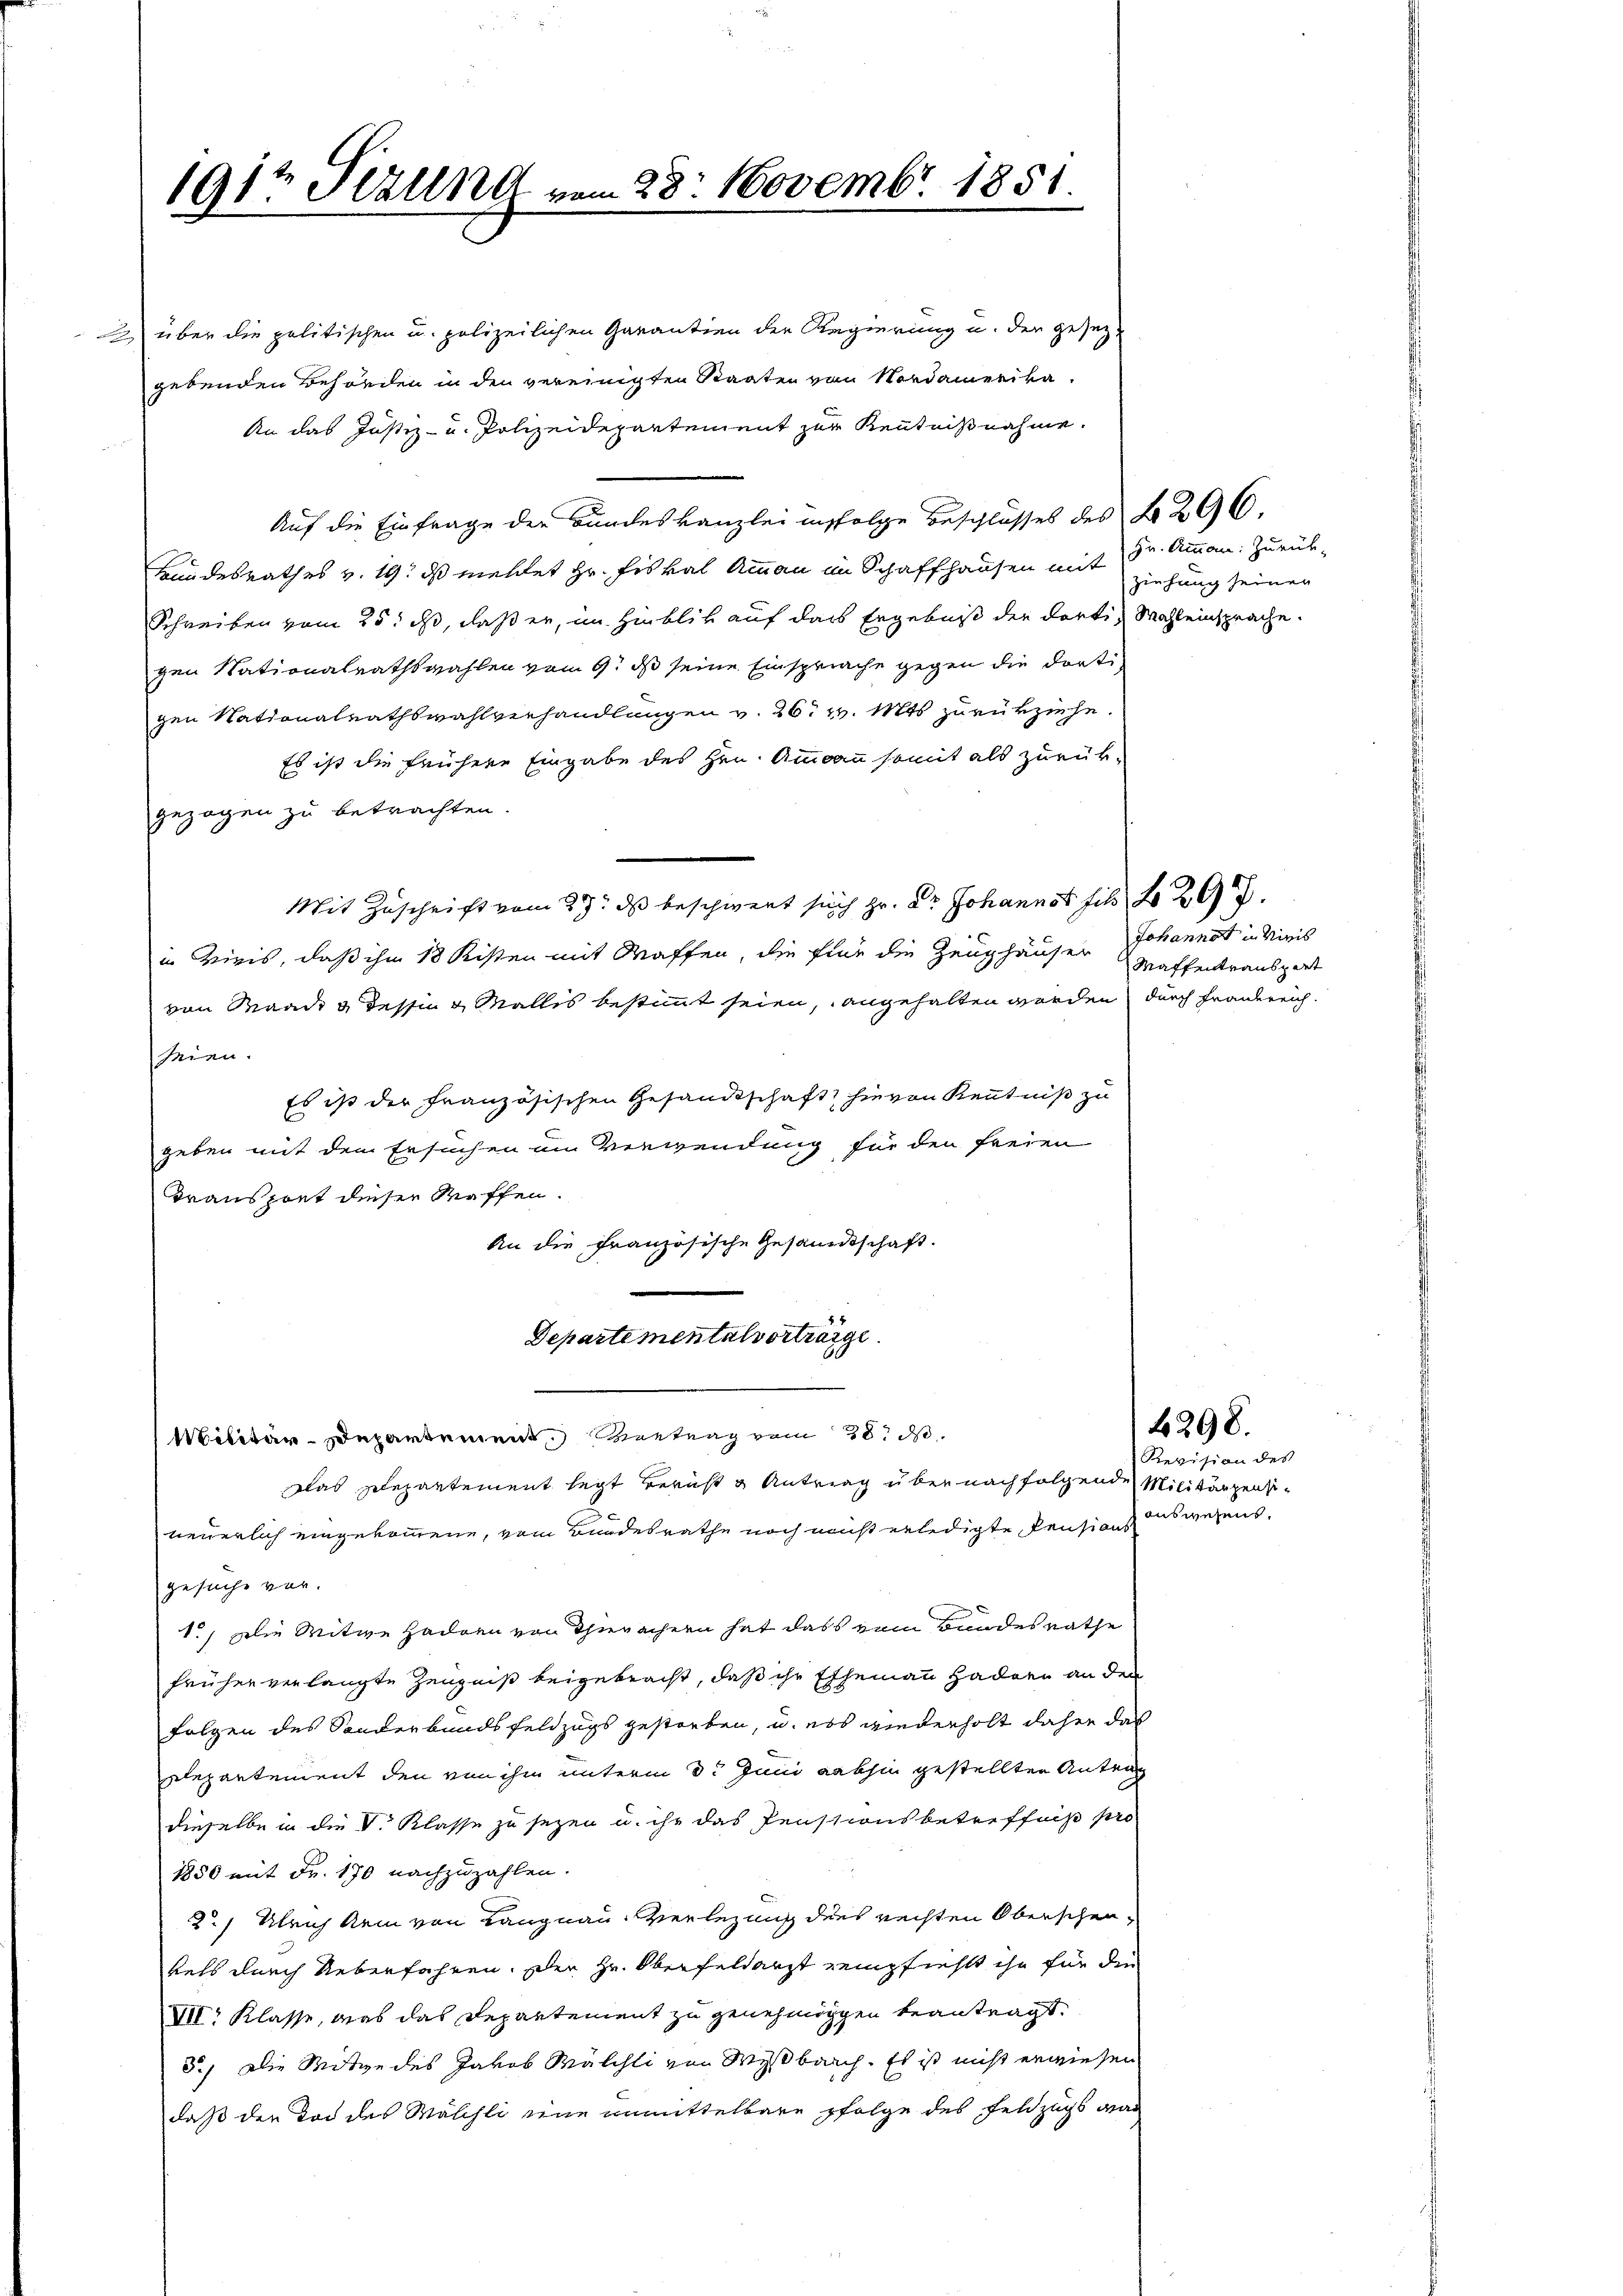
191t Sizung vom 28. Novembr 1851
ge

2 über die politischen u. polizeilichen Garantien der Regierung u. der gesezgebenden Behörden in den vereinigten Staaten von Nordamerika-
An das Justiz- u. Polizeidepartement zur Kenntnißnahme.
Auf die Einfrage der Bundeskanzlei infolge Beschlusses des No 296.
Hundesrathes v. 19. ds mehlet Hr. Fiskal Ammann in Schaffhausen mit
Schreiben vom 25. ds, daß er, im Hinblik auf das Ergebniß der dorti, Wahl einsprache.
gen Nationalrathswahlen vom 9. ds seine Einspriche gegen die dorti-
gen Nationalrathswahlverhandlungen v. 26. v. Mts. zurükziehe.
Es ist die frühere Eingabe des Hrn. Ammann somit als zurück-
gezogen zu betrachten
Mit Zuschrift vom 29. ds beschwert sich Hr. Dr. Johannst fil 297.
in Vieis, daß ihm 18 Kisten mit Waffen, die für die Zeughäuser
von Waadt & dessen & Wallis bestimmt seien, angehalten worden, durch Frandereichseien.
Es ist der Französischen Gesandtschaft hievon Kenntniß zu
geben mit dem Ersuchen um Verwendung für den freien
Transport dieser Waffen.
An die Französische Gesandtschaft.
Departementalvorträge
Militär-Departement Vertrag vom 28. ds.
Das pilepartement legt Bericht u Antrag über nachfolgende Militärzensineuerlich eingekommene, vom Bundesrathe noch nicht erledigte Pensions auswesens
gesuche vor.
1.) Die Witwe Haden von Thurachern hat dass vom Bundesrathe
früher verlangte Zeugniß beigebracht, daß ihr Ehemann Hadorn an den
Folgen des Sonderbundsfeldzugs gestorben, u. es wiederholt daher das
Departement den von ihm unterm 3t Juni abhin gestellten Antrag
dieselbe in die V. Klasse zu sezen u. ihr das Pensionsbetreffniß pro
1850 mit Fr. 170 nachzuzahlen.
2.) Ulrich dem von Langnau. Verlegung des rechten Oberschenkels durch Ueberfahren. Der Hr. Oberfeldarzt zempfiehlt ihn für die
VII. Klasse, was das Departement zu genehmigen beantragt.
5.) Die Mitge des Jakob Wälchli von Wyßbaach. Es ist nicht erwiesen
daß den Tod des Wäschli eine unmittelbare folge des Feldzugs war

Hr. Ammann: Zurück-
ziehung seiner

Johannst in Minis
Maffentransport

6298.

Revision des